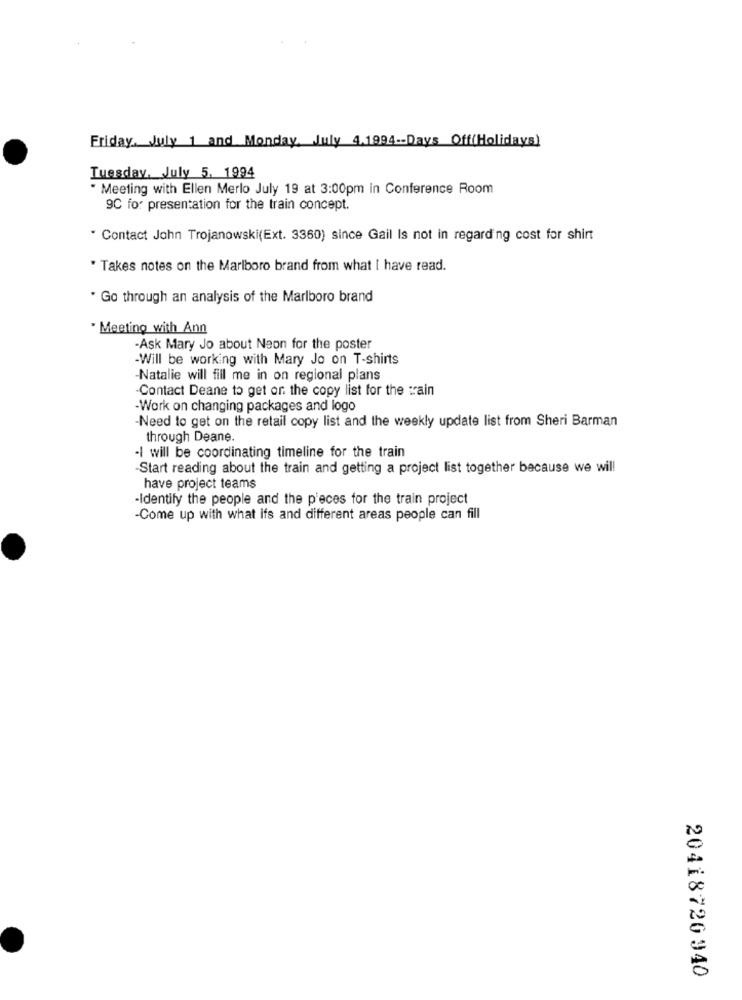
Friday, July 1 and Monday, July 4.1994 -- Days Off(Holidays)
Tuesday, July 5. 1994
" Meeting with Ellen Merlo July 19 at 3:00pm in Conference Room
9C for presentation for the train concept.
" Contact John Trojanowski(Ext. 3360) since Gail Is not in regarding cost for shirt
. Takes notes on the Marlboro brand from what I have read.
" Go through an analysis of the Marlboro brand
· Meeting with Ann
-Ask Mary Jo about Neon for the poster
-Will be working with Mary Jo on T-shirts
Natalie will fill me in on regional plans
-Contact Deane to get or the copy list for the train
-Work on changing packages and logo
-Need to get on the retail copy list and the weekly update list from Sheri Barman
through Deane.
.I will be coordinating timeline for the train
Start reading about the train and getting a project list together because we will
have project teams
Identify the people and the p'eces for the train project
-Come up with what ifs and different areas people can fill
20418720940